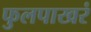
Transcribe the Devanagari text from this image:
फुलपाखरं